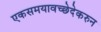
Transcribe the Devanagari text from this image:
एकसमयावच्छेदेकरुन